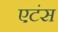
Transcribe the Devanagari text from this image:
एटंस